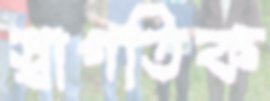
স্বাগতিক